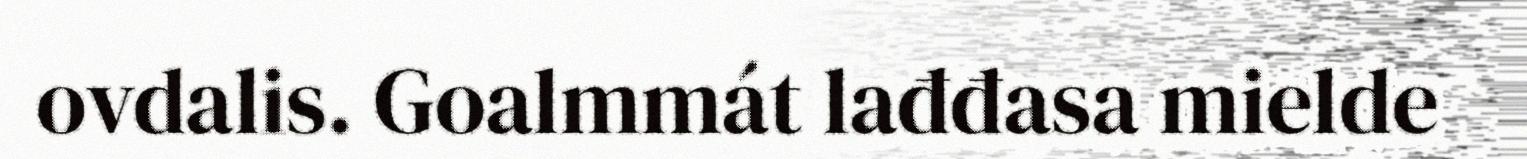
ovdalis. Goalmmát lađđasa mielde